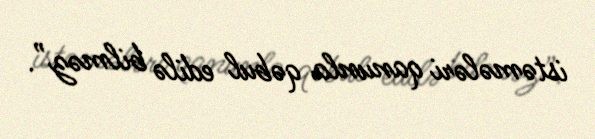
istəmələri qanunla qəbul edilə bilməz”.